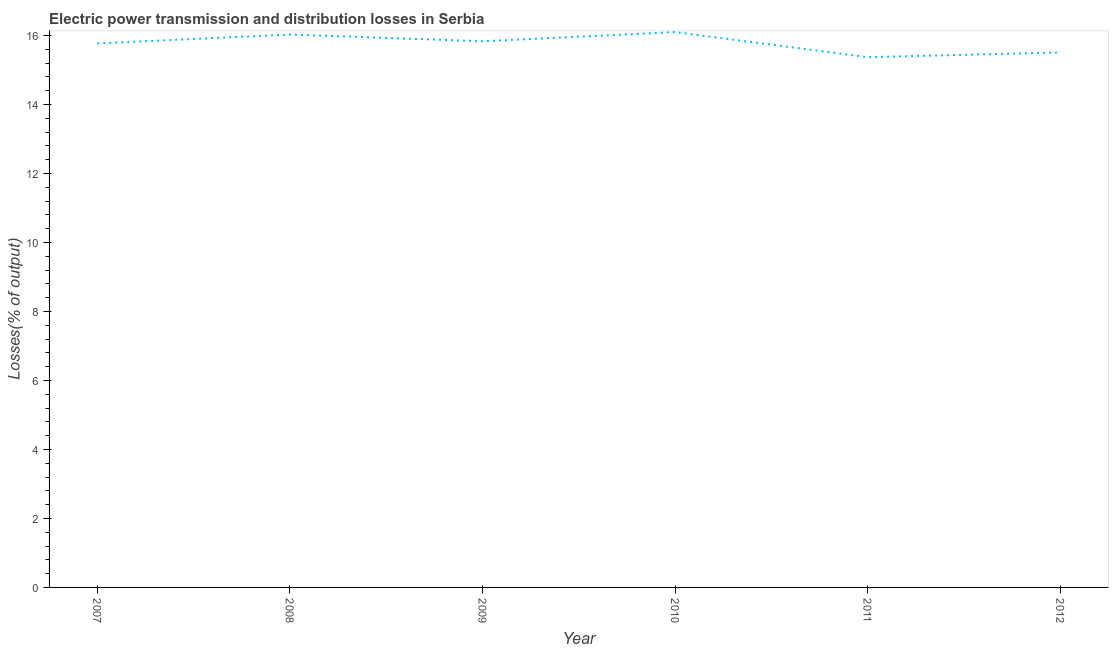
| Year | Electric power transmission and distribution losses |
 | --- | --- |
 | 2007 | 15.8 |
 | 2008 | 16 |
 | 2009 | 15.8 |
 | 2010 | 16.1 |
 | 2011 | 15.4 |
 | 2012 | 15.5 |